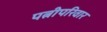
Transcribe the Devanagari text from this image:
पत्नीपरिवार